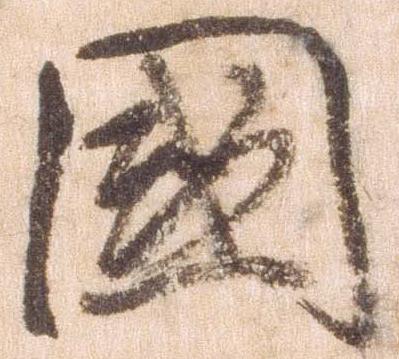
国